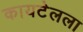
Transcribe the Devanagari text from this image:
कायटेलला